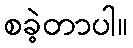
စခဲ့တာပါ။